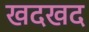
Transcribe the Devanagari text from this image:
खदखद